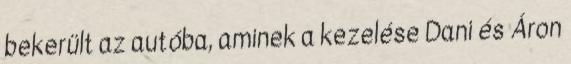
bekerült az autóba, aminek a kezelése Dani és Áron